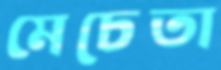
মেচেতা